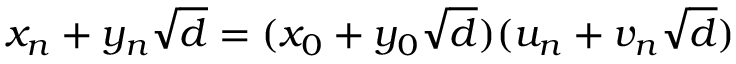
x _ { n } + y _ { n } { \sqrt { d } } = ( x _ { 0 } + y _ { 0 } { \sqrt { d } } ) ( u _ { n } + v _ { n } { \sqrt { d } } )